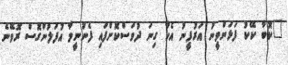
"ކޮބާ ކޭކު ފަޅަންވީނު އަރުފީނު އެހާ ގިނަ ދުވަސްކޮށްފައި ފެނުނީމާ އުފަލުންގޮސް ރޮވޭނެ